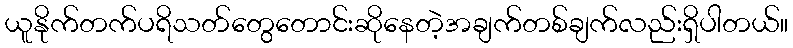
ယူနိုက်တက်ပရိသတ်တွေတောင်းဆိုနေတဲ့အချက်တစ်ချက်လည်းရှိပါတယ်။